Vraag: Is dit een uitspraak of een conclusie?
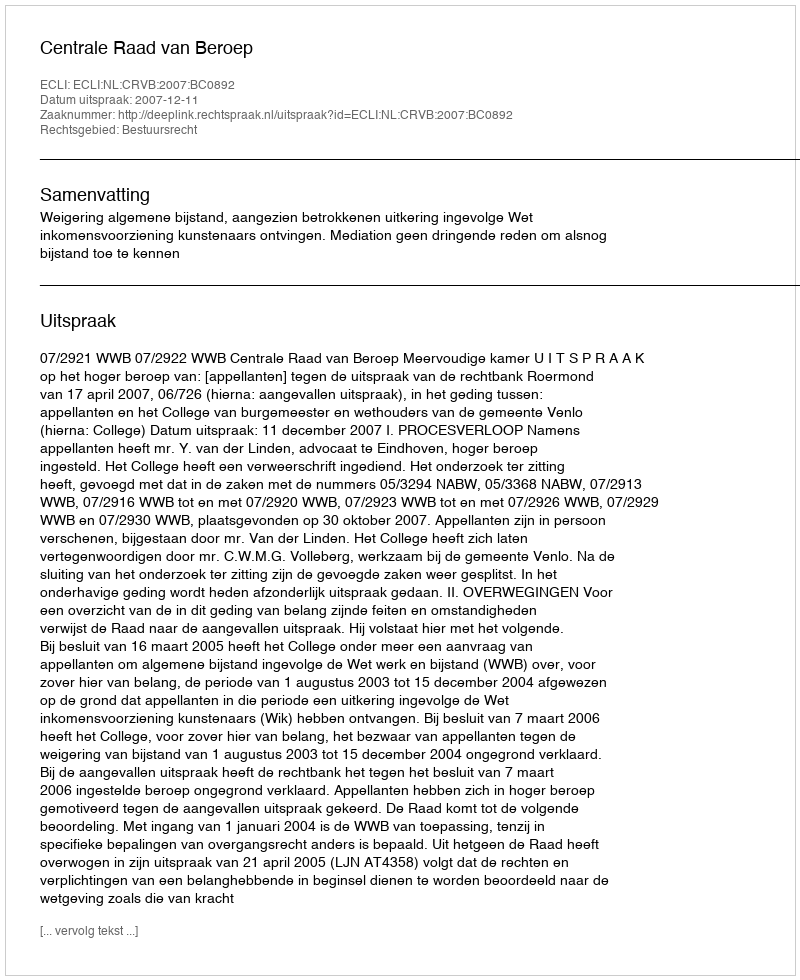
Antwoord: Uitspraak